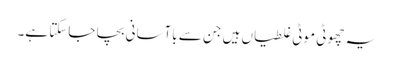
یہ چھوٹی موٹی غلطیاں ہیں جن سے باآسانی بچا جاسکتا ہے۔